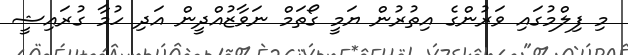
މި ފިލްމުގައި ވަރުންގެ އިތުރުން ޔަމީ ގޯތަމް ނަވާޒުއްދީން އަދި ހުމާ ގުރައިޝީ